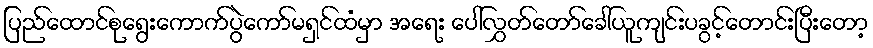
ပြည်ထောင်စုရွေးကောက်ပွဲကော်မရှင်ထံမှာ အရေး ပေါ်လွှတ်တော်ခေါ်ယူကျင်းပခွင့်တောင်းပြီးတော့